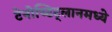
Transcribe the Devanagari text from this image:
टेनोच्टिट्लानमध्ये